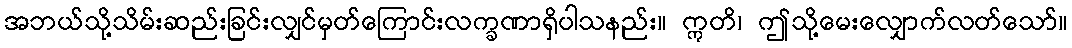
အဘယ်သို့သိမ်းဆည်းခြင်းလျှင်မှတ်ကြောင်းလက္ခဏာရှိပါသနည်း။ ဣတိ၊ ဤသို့မေးလျှောက်လတ်သော်။